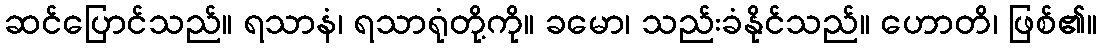
ဆင်ပြောင်သည်။ ရသာနံ၊ ရသာရုံတို့ကို။ ခမော၊ သည်းခံနိုင်သည်။ ဟောတိ၊ ဖြစ်၏။